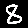
Digit: 8